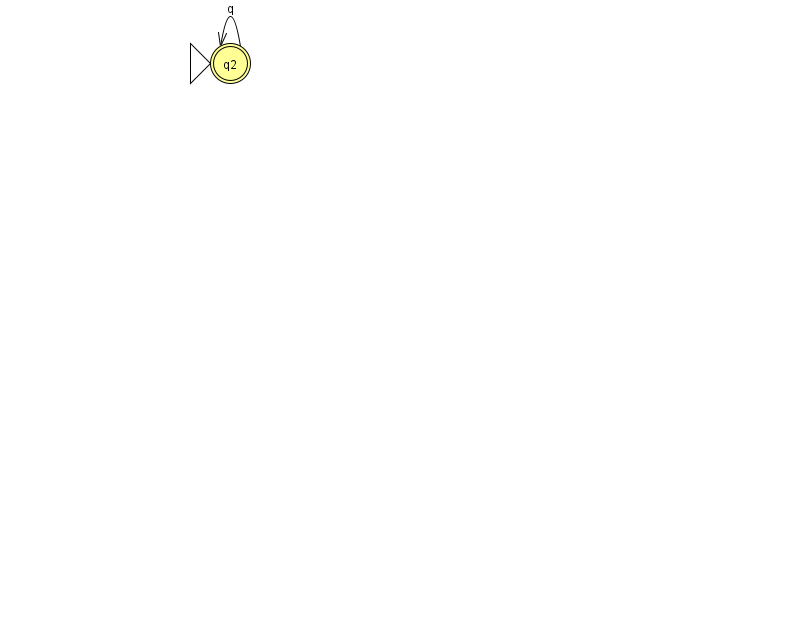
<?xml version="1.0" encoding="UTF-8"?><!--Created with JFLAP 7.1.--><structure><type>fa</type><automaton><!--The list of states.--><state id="2" name="q2"><x>230.0</x><y>50.0</y><initial/><final/></state><!--The list of transitions.--><transition><from>2</from><to>2</to><read>q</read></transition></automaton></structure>